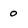
Character: 0